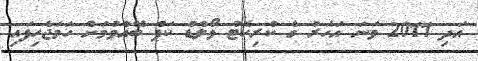
އަދި 2011 ވަނަ އަހަރު ގެ ކްރިކެޓް ވޯލްޑް ކަޕް ބޭއްވުމަށް ހަމަޖެހިފައި